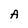
Character: A